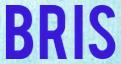
BRIS